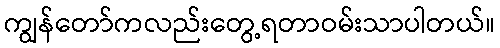
ကျွန်တော်ကလည်းတွေ့ရတာဝမ်းသာပါတယ်။